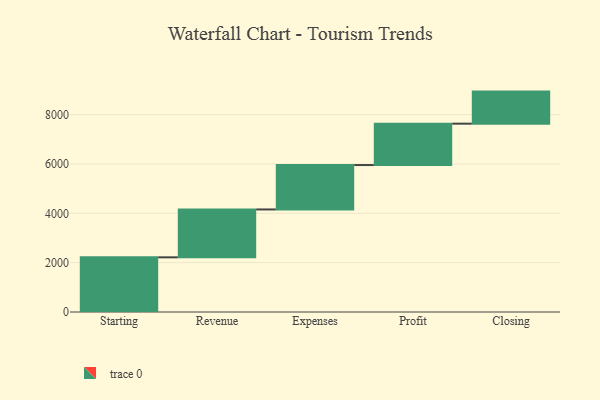
{"axis": {"x": "Step", "y": "Value"}, "legend": [""], "data": [{"x": "Starting", "y": 2216.0, "type": ""}, {"x": "Revenue", "y": 1941.0, "type": ""}, {"x": "Expenses", "y": 1800.0, "type": ""}, {"x": "Profit", "y": 1677.0, "type": ""}, {"x": "Closing", "y": 1300.0, "type": ""}]}